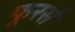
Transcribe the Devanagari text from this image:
फूरर्स